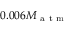
0 . 0 0 6 M _ { \mathrm { ~ a ~ t ~ m ~ } }